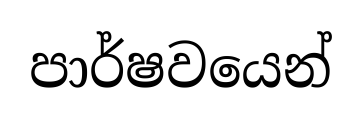
පාර්ෂවයෙන්